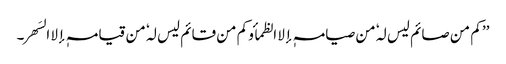
’’ کم من صائم لیس لہٗ من صیامہٖ إلا الظمأ و کم من قائم لیس لہٗ من قیامہٖ إلا السَھر۔